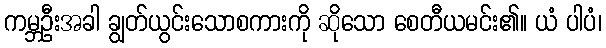
ကမ္ဘဦးအခါ ချွတ်ယွင်းသောစကားကို ဆိုသော စေတီယမင်း၏။ ယံ ပါပံ၊